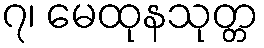
၇၊ မေထုနသုတ္တ